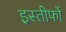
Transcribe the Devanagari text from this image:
इस्तीफों